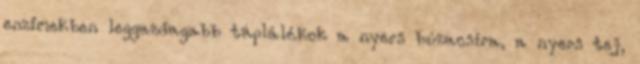
enzimekben leggazdagabb táplálékok a nyers búzacsíra, a nyers tej,